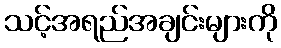
သင့်အရည်အချင်းများကို